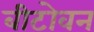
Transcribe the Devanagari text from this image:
बीटोवन